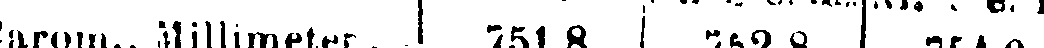
Barom., Millimeter. .| 751,8 | 752,8 | 754,0